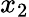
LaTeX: x_{2}